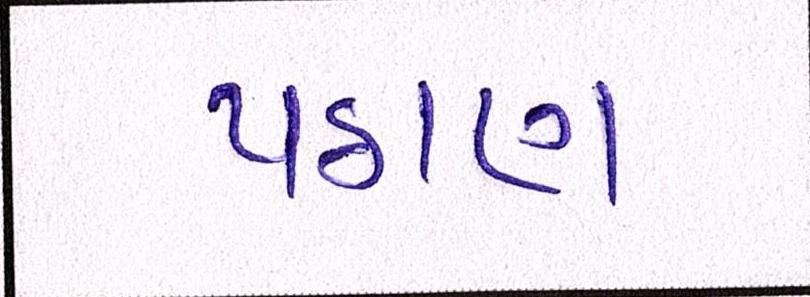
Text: પઠાણ